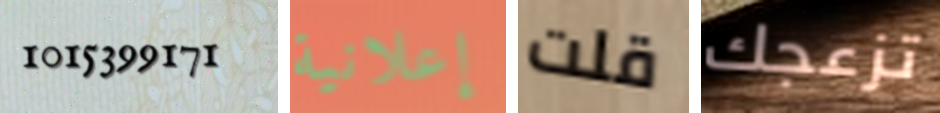
1015399171 إعلانية قلت تزعجك